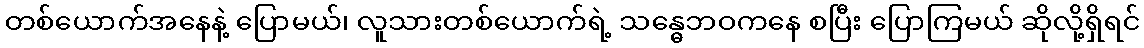
တစ်ယောက်အနေနဲ့ ပြောမယ်၊ လူသားတစ်ယောက်ရဲ့ သန္ဓေဘဝကနေ စပြီး ပြောကြမယ် ဆိုလို့ရှိရင်